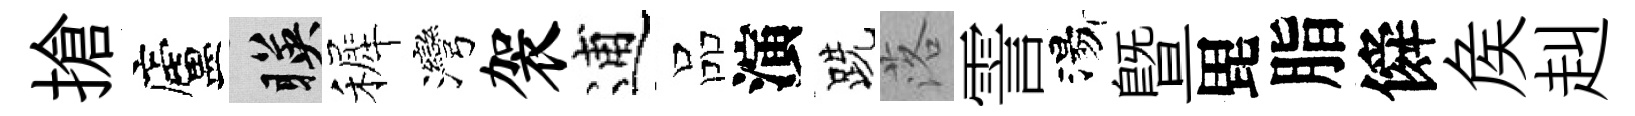
搶廬暎裤灣袈逋品演跣落霅湯暨毘脂僢矦赳